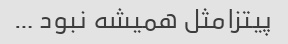
پیتزامثل همیشه نبود …